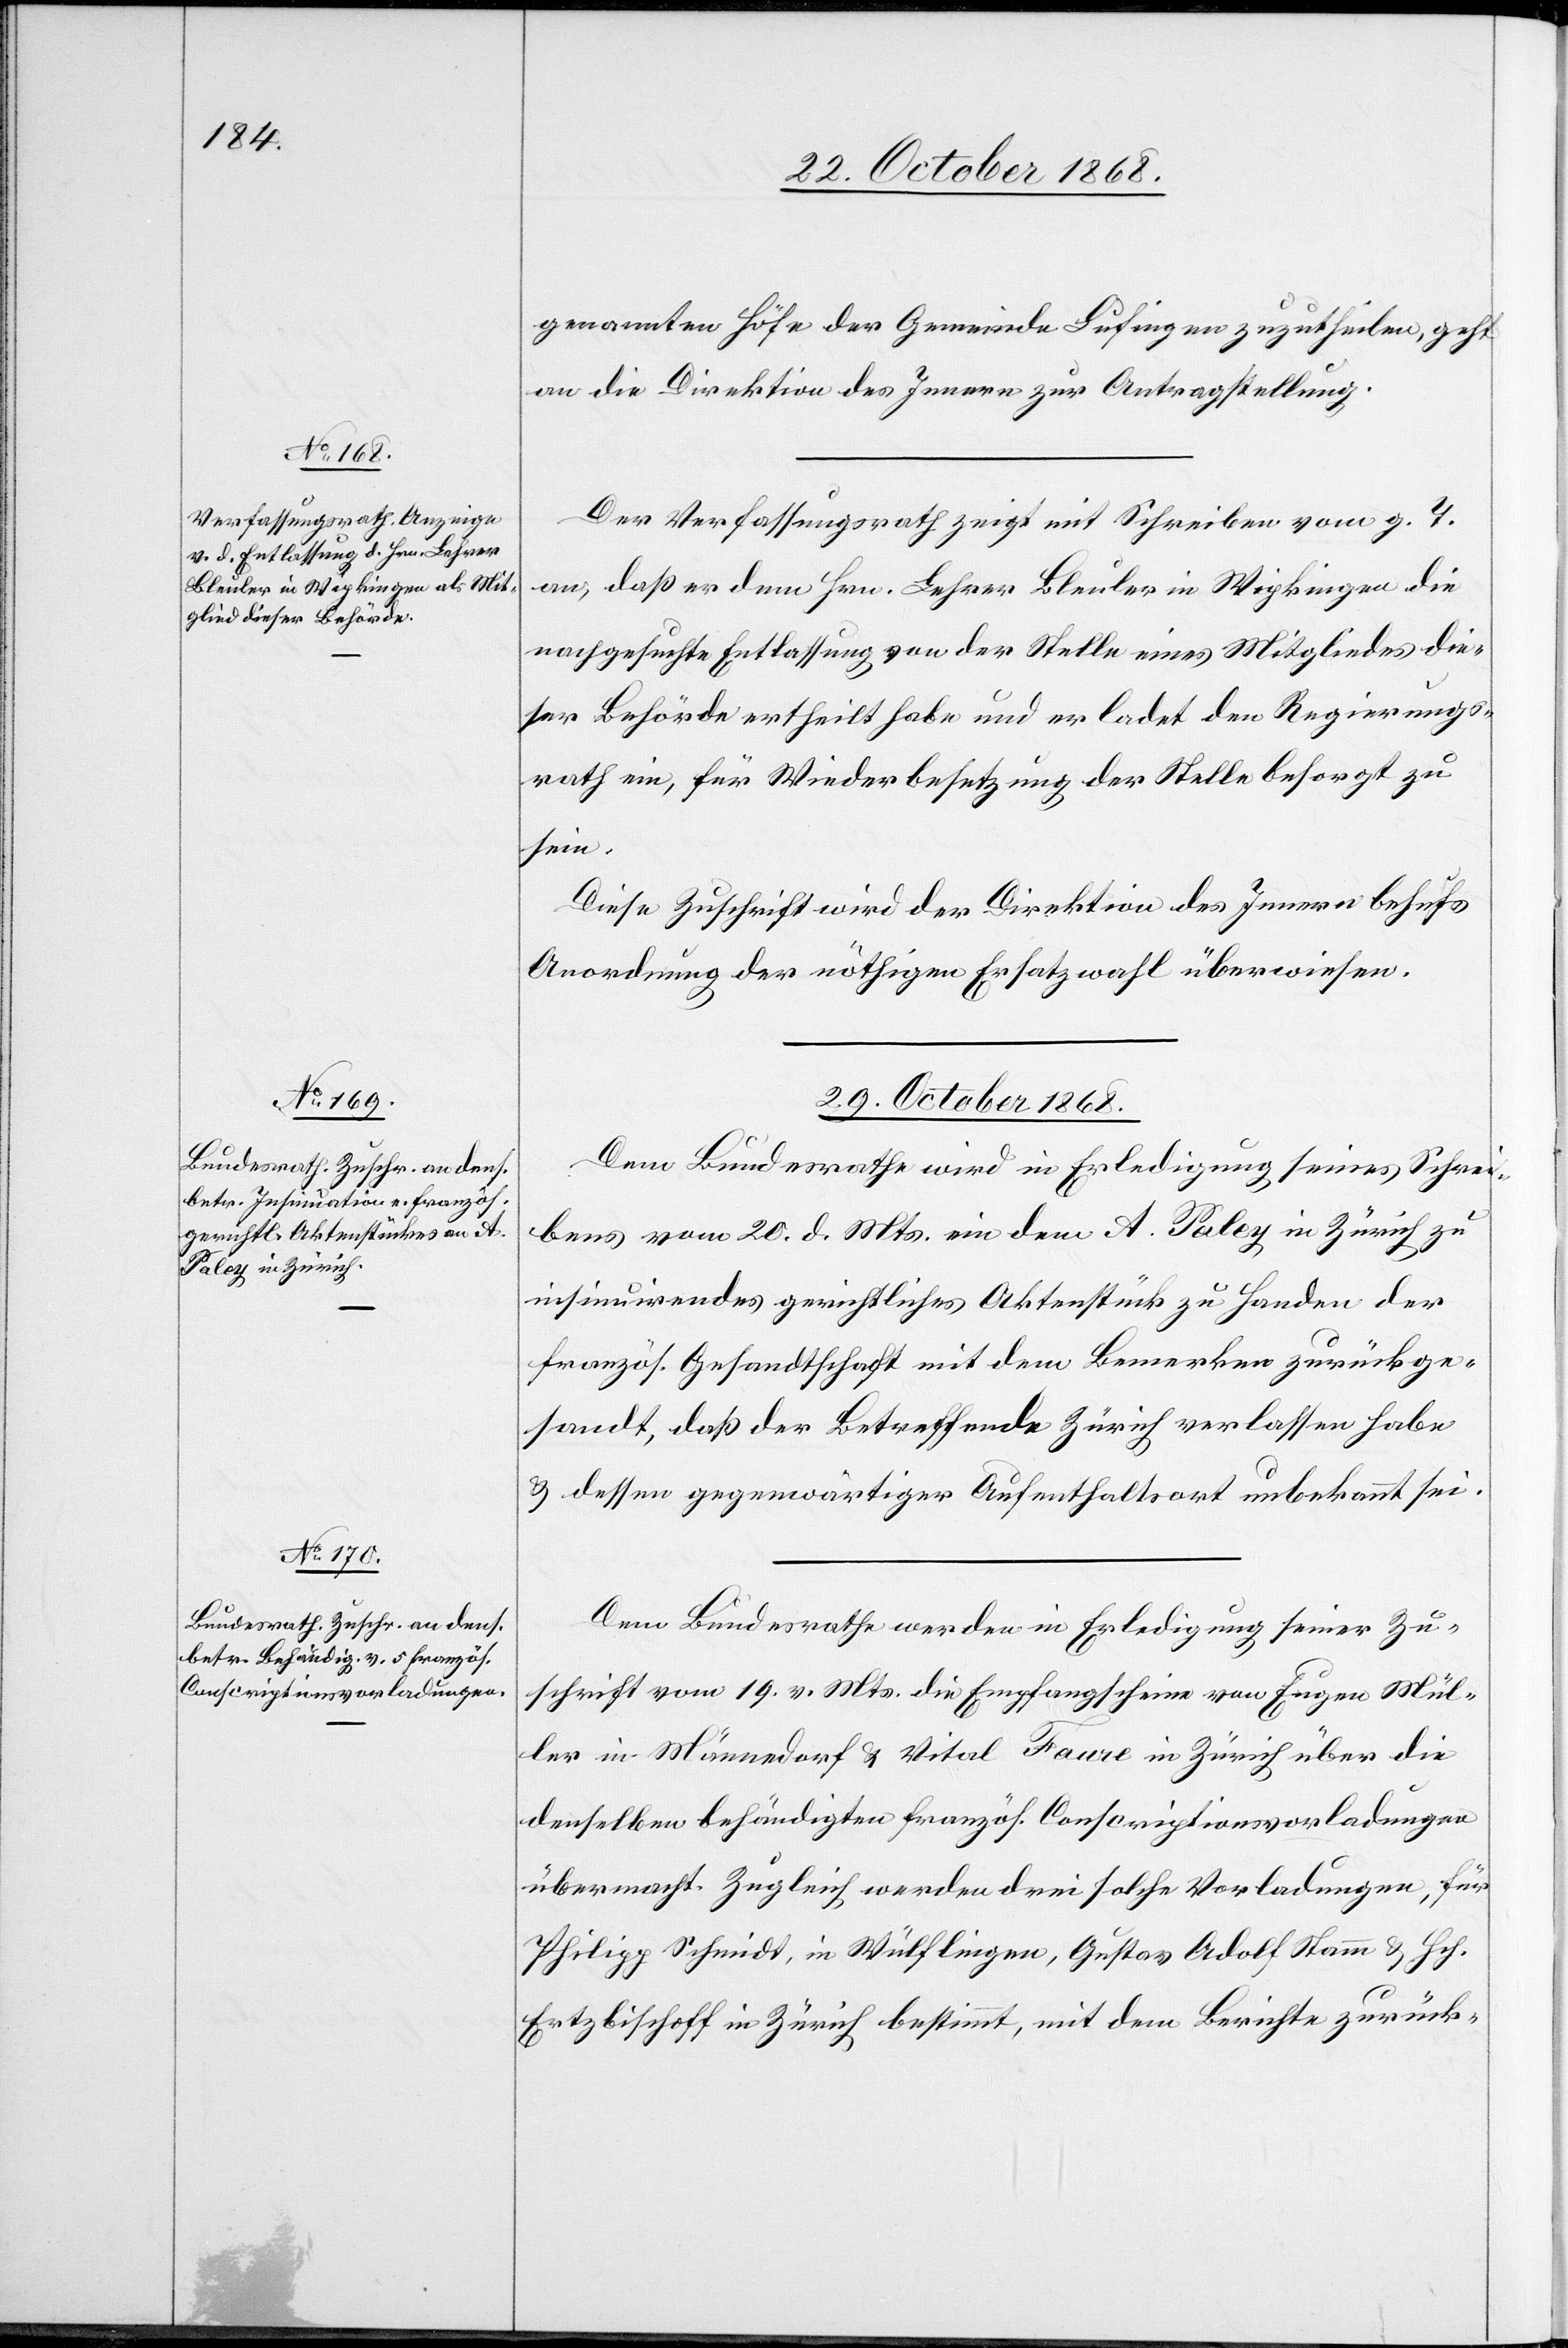
28. October 1868.]
genannten Höfe der Gemeinde Lufingen zuzutheilen, geht
an die Direktion des Innern zur Antragstellung.
Der Verfassungsrath zeigt mit Schreiben vom g. T.
an, daß er dem Hrn. Lehrer Bleuler in Wipkingen die
nachgesuchte Entlassung von der Stelle eines Mitgliedes die¬
ser Behörde ertheilt habe und er ladet den Regierungs¬
rath ein, für Wiederbesetzung der Stelle besorgt zu
sein.
Diese Zuschrift wird der Direktion des Innern behufs
Anordnung der nöthigen Ersatzwahl überwiesen.
29. October 1868.]
Dem Bundesrathe wird in Erledigung seines Schrei¬
bens vom 20. d. Mts. ein dem A. Paley in Zürich zu
insinuirendes gerichtliches Aktenstück zu Handen der
französ. Gesandtschaft mit dem Bemerken zurückge¬
sandt, daß der Betreffende Zürich verlassen habe
& dessen gegenwärtiger Aufenthaltsort unbekannt sei.
Dem Bundesrathe werden in Erledigung seiner Zu¬
schrift vom 19. v. Mts. die Empfangscheine von Eugen Mül¬
ler in Männedorf & Vital Faure in Zürich über die
denselben behändigten französ. Conscriptionsvorladungen
übermacht. Zugleich werden drei solche Vorladungen, für
Philipp Schmidt, in Wülflingen, Gustav Adolf Stamm & Hch.
Ertzbischoff in Zürich bestimmt, mit dem Berichte zurück-